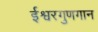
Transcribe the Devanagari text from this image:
ईश्वरगुणगान